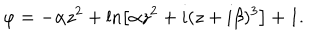
\varphi = - \alpha z ^ { 2 } + \ln \left[ \alpha z ^ { 2 } + i ( z + i \beta ) ^ { 3 } \right] + 1 .